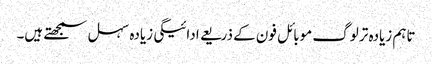
تاہم زیادہ تر لوگ موبائل فون کے ذریعے ادائیگی زیادہ سہل سمجھتے ہیں۔